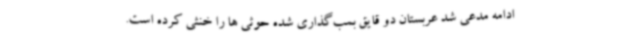
ادامه مدعی شد عربستان دو قایق بمب‌گذاری شده حوثی ها را خنثی کرده است.